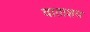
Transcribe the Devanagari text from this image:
वाताशय